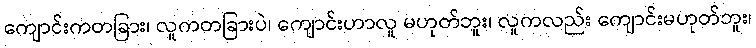
ကျောင်းကတခြား၊ လူကတခြားပဲ၊ ကျောင်းဟာလူ မဟုတ်ဘူး၊ လူကလည်း ကျောင်းမဟုတ်ဘူး၊